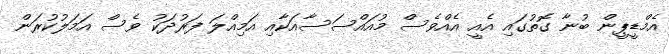
އެމްޑީޕީން ބުނާ ގޮތުގައި އެއީ އެއްވެސް މުއައްސަސާއަކާއި އަމިއްލަ ފަރުދަކު ވެސް އަމަލުކުރަން